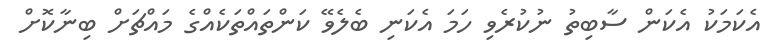
އެކަމަކު އެކަން ސާބިތު ނުކުރެވި ހަމަ އެކަނި ބެލެވޭ ކަންތައްތަކެއްގެ މައްޗަށް ބިނާކޮށް